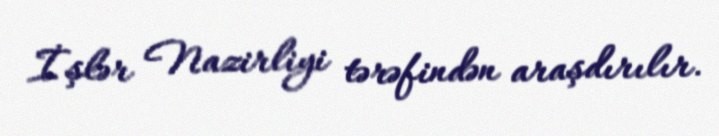
İşlər Nazirliyi tərəfindən araşdırılır.